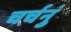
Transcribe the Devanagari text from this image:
चर्चनुं